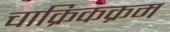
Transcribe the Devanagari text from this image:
चाक्रिकक्रम